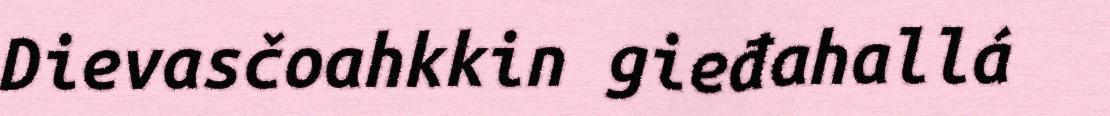
Dievasčoahkkin gieđahallá